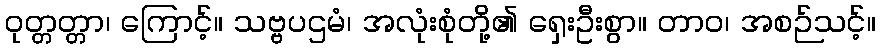
ဝုတ္တတ္တာ၊ ကြောင့်။ သဗ္ဗပဌမံ၊ အလုံးစုံတို့၏ ရှေးဦးစွာ။ တာဝ၊ အစဉ်သင့်။